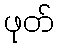
ဖုတ်